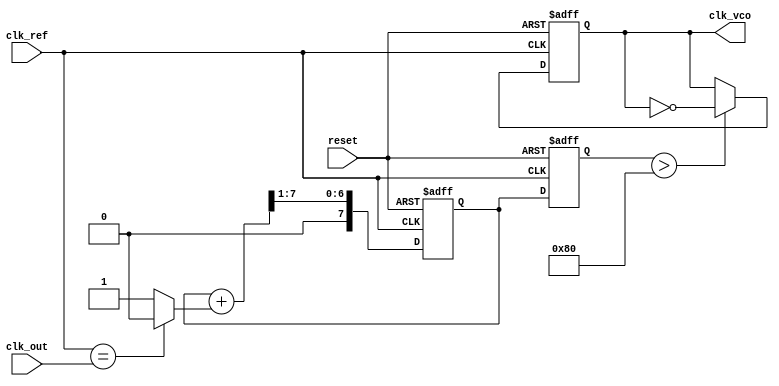
module PLL (
    input wire clk_ref,        // Reference clock
    input wire clk_out,        // Output clock
    input wire reset,          // Reset signal
    output reg clk_vco         // VCO output clock
);

// Parameters
parameter PHASE_WIDTH = 8;   // Width for phase error representation
parameter CONTROL_WIDTH = 8;  // Width for control voltage representation

// Memory blocks
reg [PHASE_WIDTH-1:0] phase_error_mem; // Memory for phase error
reg [CONTROL_WIDTH-1:0] control_voltage_mem; // Memory for control voltage

// Phase Detector (PD)
wire [PHASE_WIDTH-1:0] phase_error;
assign phase_error = (clk_ref == clk_out) ? 0 : 1; // Simple phase error logic

// Loop Filter (LF)
reg [CONTROL_WIDTH-1:0] loop_filter_out;
always @(posedge clk_ref or posedge reset) begin
    if (reset) begin
        loop_filter_out <= 0;
    end else begin
        // Simple low-pass filter implementation
        loop_filter_out <= (loop_filter_out + phase_error) >> 1; // Averaging
    end
end

// Store phase error and control voltage in memory blocks
always @(posedge clk_ref or posedge reset) begin
    if (reset) begin
        phase_error_mem <= 0;
        control_voltage_mem <= 0;
    end else begin
        phase_error_mem <= phase_error;
        control_voltage_mem <= loop_filter_out;
    end
end

// Voltage-Controlled Oscillator (VCO)
always @(posedge clk_ref or posedge reset) begin
    if (reset) begin
        clk_vco <= 0;
    end else begin
        // Simple VCO behavior based on control voltage
        if (control_voltage_mem > 128) begin
            clk_vco <= ~clk_vco; // Toggle VCO output
        end
    end
end

endmodule